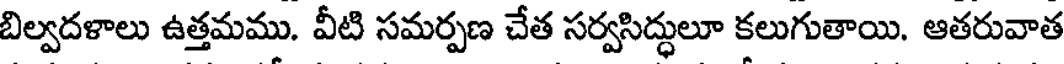
బిల్వదళాలు ఉత్తమము. వీటి సమర్పణ చేత సర్వసిద్ధులూ కలుగుతాయి. ఆతరువాత